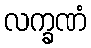
လက္ခဏံ